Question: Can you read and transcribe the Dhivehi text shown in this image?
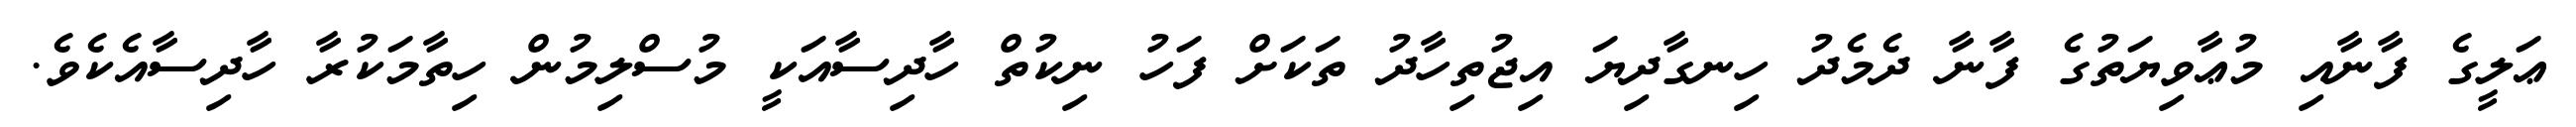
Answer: ޢަލީގެ ފާނާއި މުޢާވިޔަތުގެ ފާނާ ދެމެދު ހިނގާދިޔަ އިޖުތިހާދު ތަކަށް ފަހު ނިކުތް ހާދިސާއަކީ މުސްލިމުން ހިތާމަކުރާ ހާދިސާއެކެވެ.